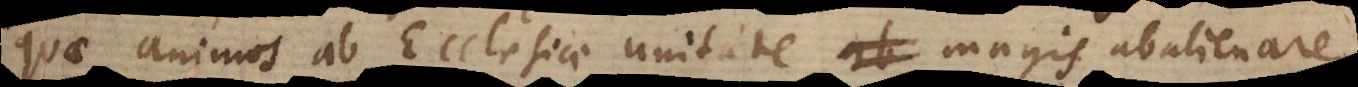
quae animos ab Ecclesiae unitate magis abalienare,